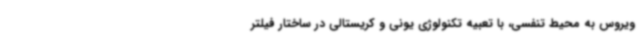
ویروس به محیط تنفسی، با تعبیه تکنولوژی یونی و کریستالی در ساختار فیلتر